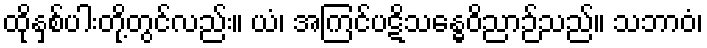
ထိုနှစ်ပါးတို့တွင်လည်း။ ယံ၊ အကြင်ပဋိသန္ဓေဝိညာဉ်သည်။ သဘာဝံ၊